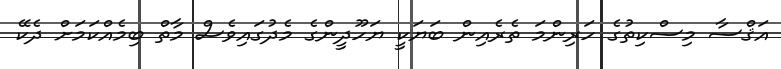
އަޤްސާ މިސްކިތުގެ ހަރިންމަ ތެރެއިން ބަޔަކީ ޔަހޫދީންގެ މެދުގައިވެސް މާތް ބިމެއްކަމަށް ދެކޭ